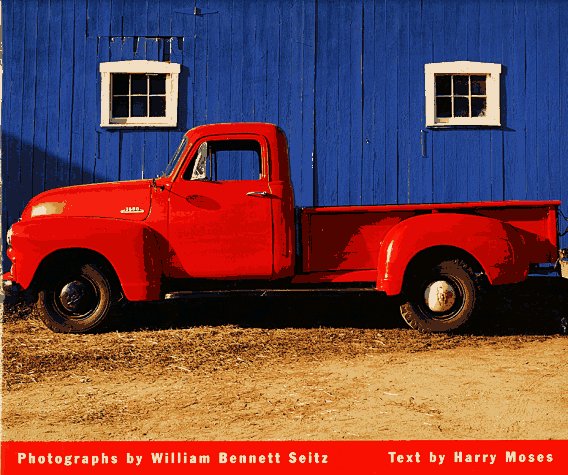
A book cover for Pickups: Classic American Trucks; William Seitz; Crafts, Hobbies & Home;